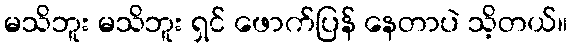
မသိဘူး မသိဘူး ရှင် ဖောက်ပြန် နေတာပဲ သိ့တယ်။